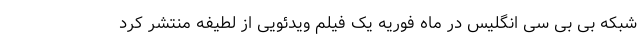
شبکه بی بی سی انگلیس در ماه فوریه یک فیلم ویدئویی از لطیفه منتشر کرد